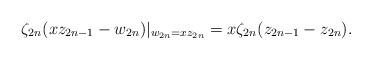
LaTeX: \begin{align*}\zeta_{2n} (xz_{2n-1}-w_{2n})|_{w_{2n}=xz_{2n}}= x\zeta_{2n} (z_{2n-1}-z_{2n}). \end{align*}